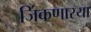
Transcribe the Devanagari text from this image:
जिंकणारया